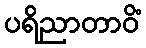
ပရိညာတာဝိံ